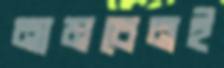
নামবেনই